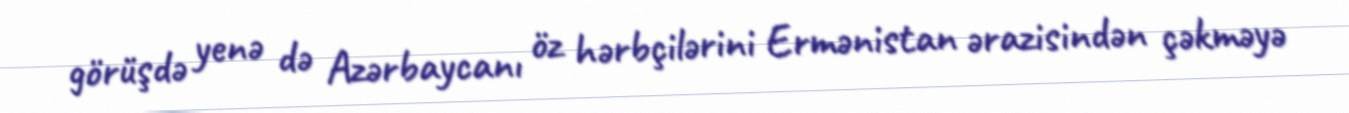
görüşdə yenə də Azərbaycanı öz hərbçilərini Ermənistan ərazisindən çəkməyə